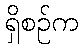
ရှိစဉ်က